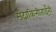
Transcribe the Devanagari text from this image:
मंदाकिनीताईंनी